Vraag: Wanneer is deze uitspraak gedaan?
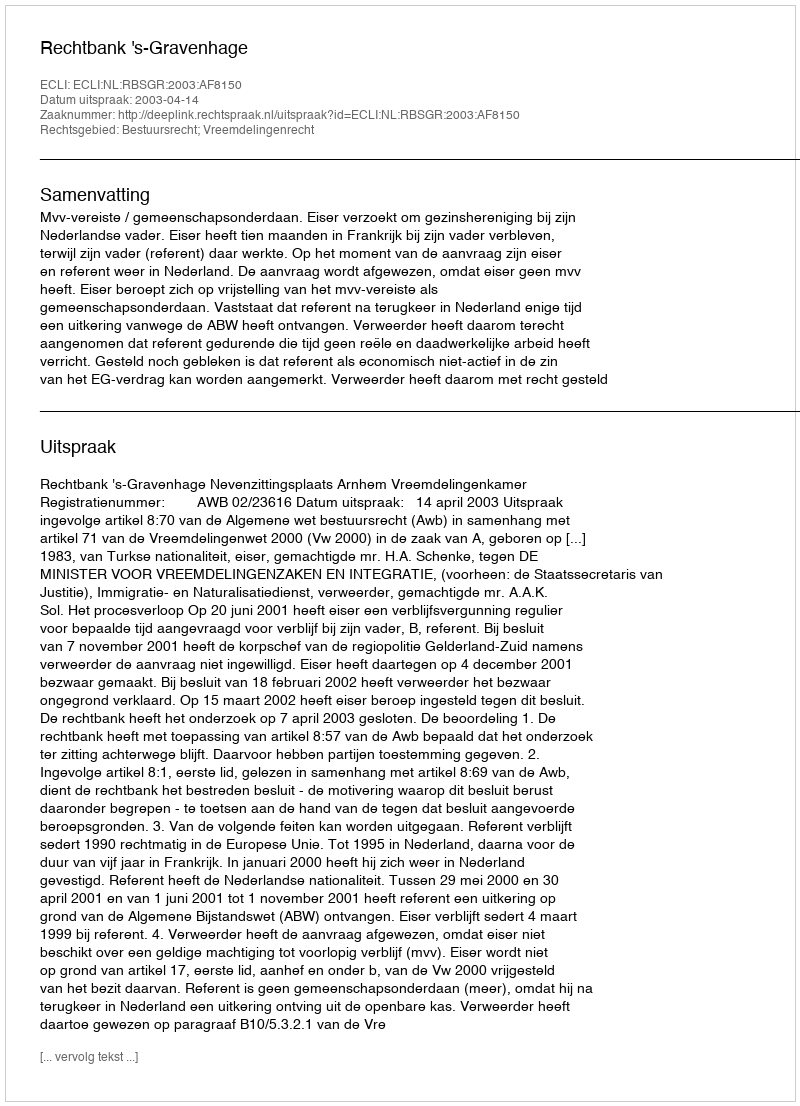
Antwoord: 2003-04-14